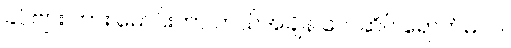
ခင်ဗျား ကား မောင်းတာ ဘယ်အချိန် လေဆိပ် ရောက်မလဲ။